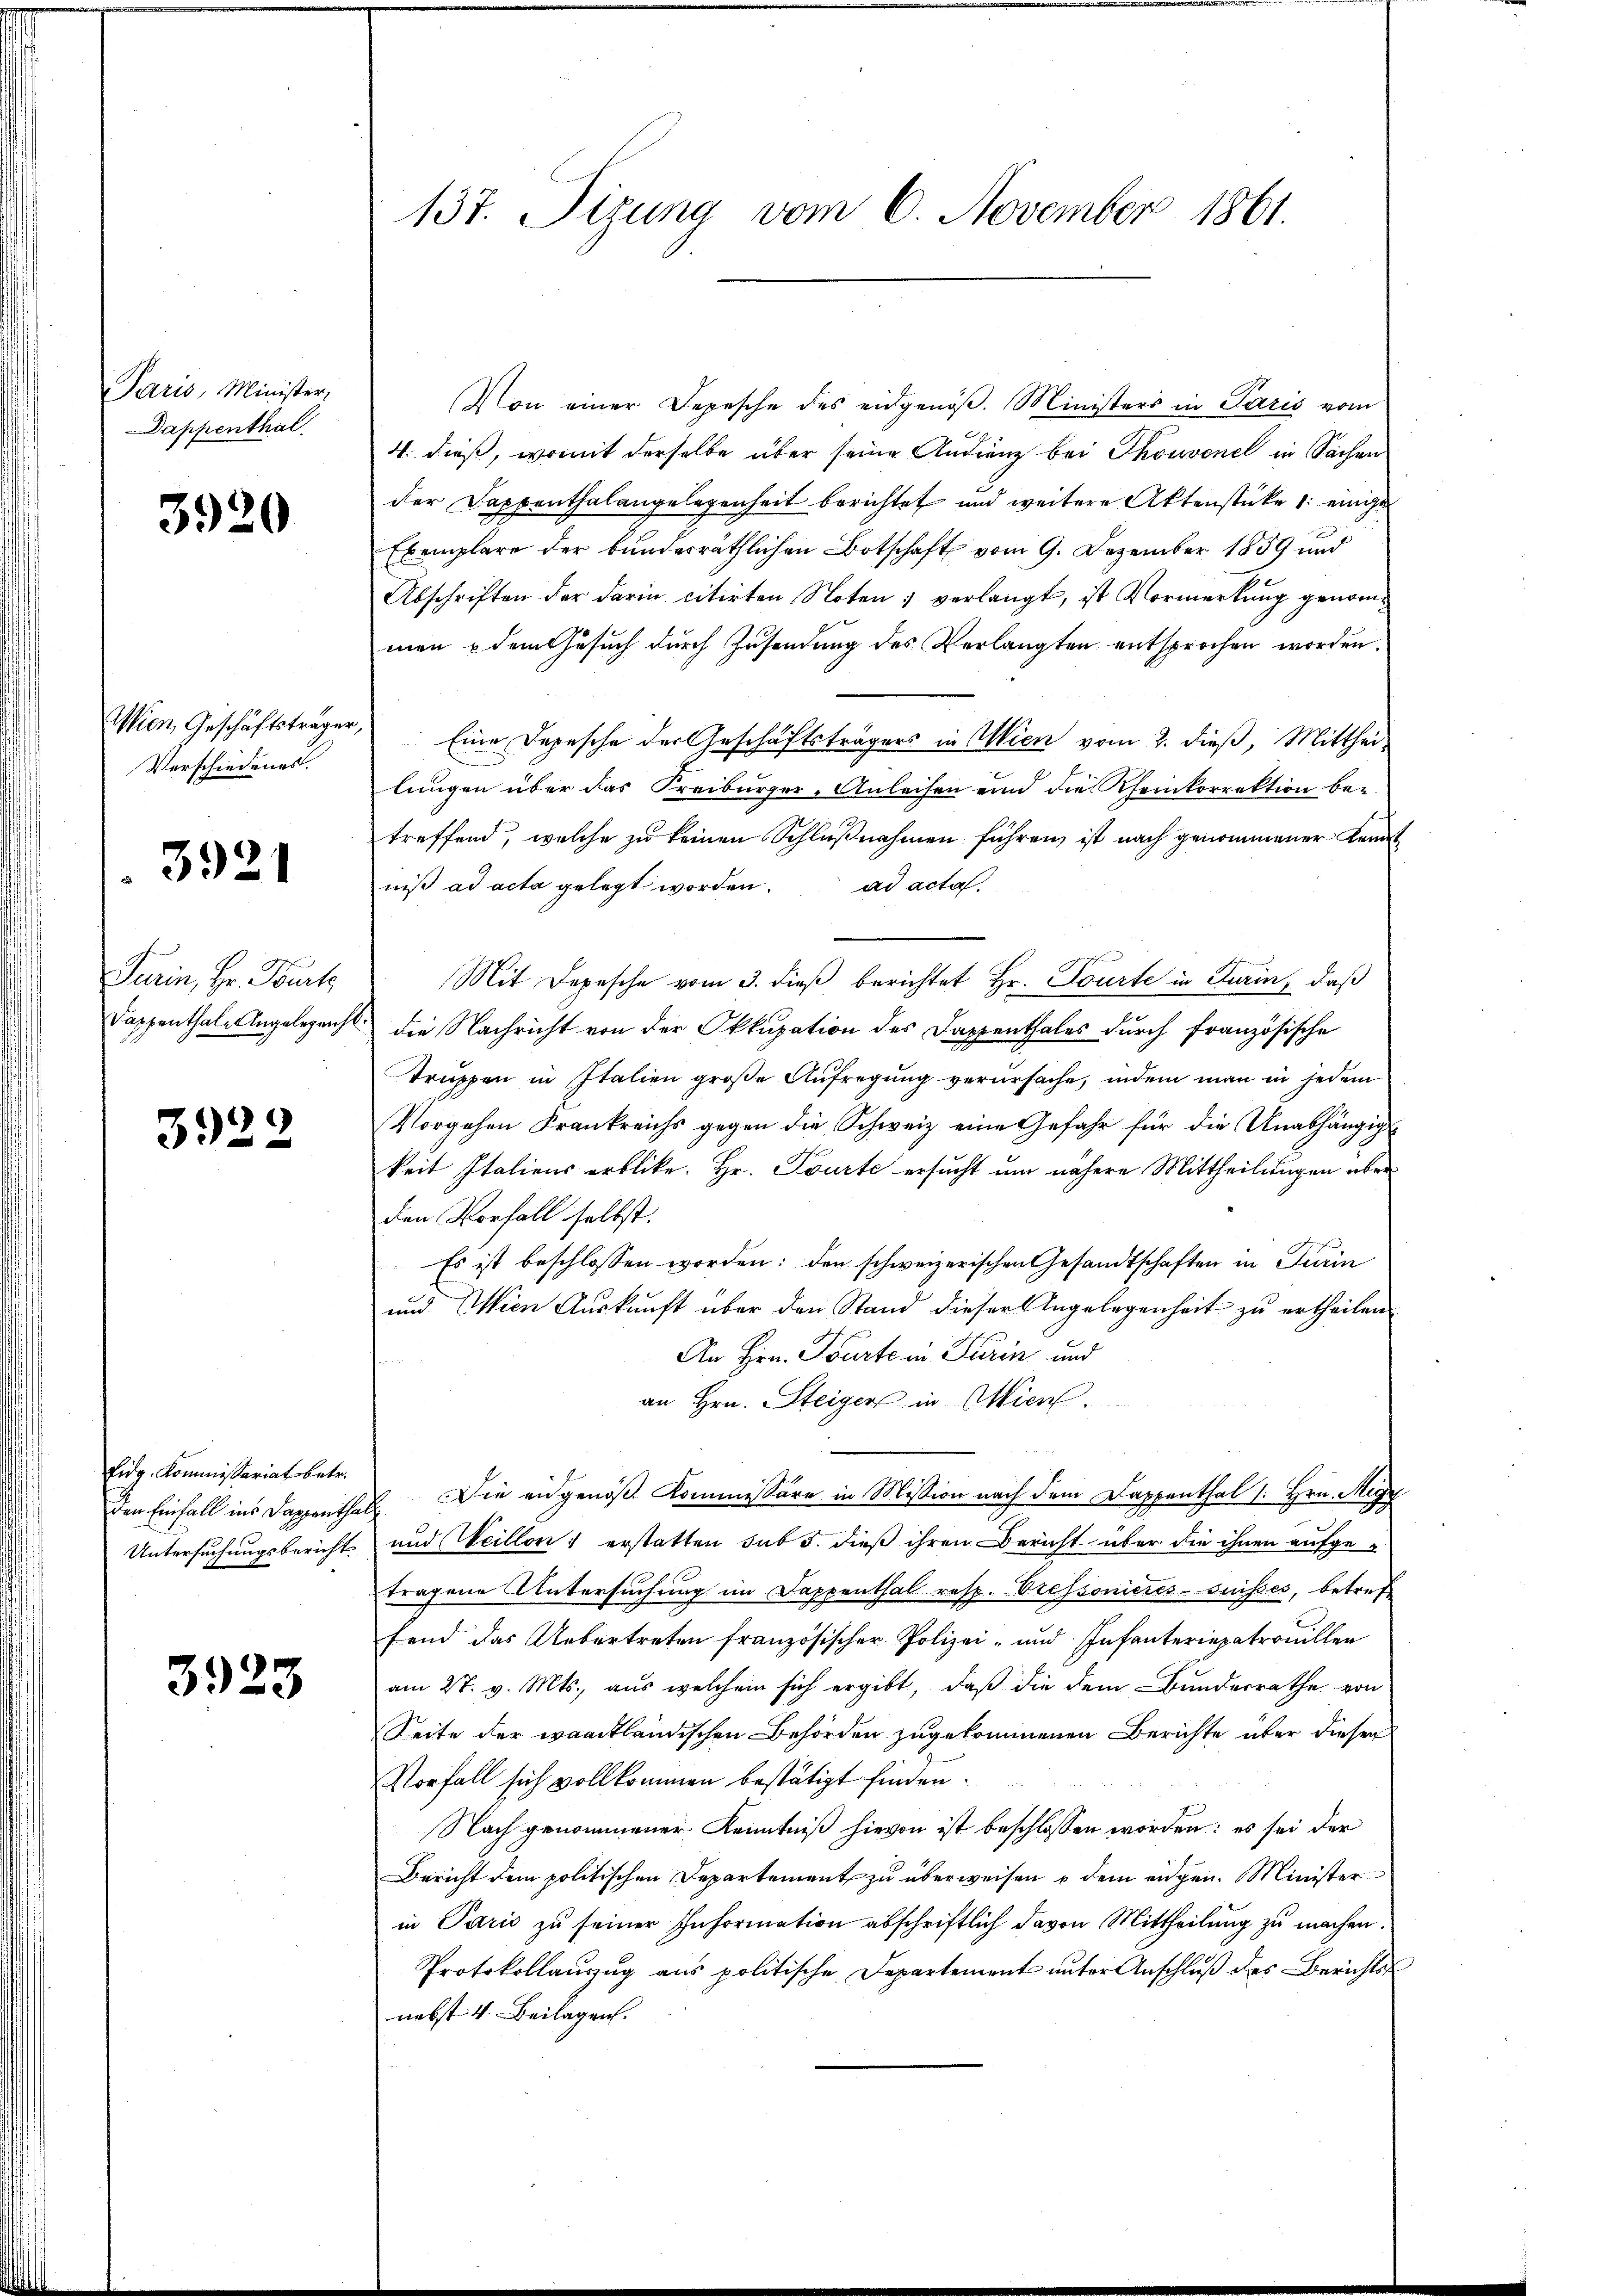
Paris, Minister,
Dappenthal

3920

Wien, Geschäftsträger
Verschiedenes.
Turin, Hr. Putz
Sappenthale Angelegericht

3921

3922

Eidg. Kommissariat betr.
Untersuchungsbericht

3923

137. Sizung vom 6. November 1861.

Von einer Depesche des eidgenöβ. Ministers in Paris vom
4. dieß, womit derselbe über seine Audienz bei Thonvenel in Sachen
der Dappenthalangelegenheit berichtet und weitere Aktenstücke 1. einge¬
Exemplare der bundesräthlichen Botschaft vom 9. Dezember 1859 und
Abschriften der darin citirten Noten ; verlangt, ist Vormerkung genommen & dem Gesuch durch Zusendung des Verlangten entsprochen worden.
 Eine Depesche der Geschäftsträgers in Wien vom 2. dieß, Mittheilungen über das Freiburger-Anleisen und die Rheinkorrektion bez
treffend, welche zu keinen Schlußnahmen führen ist nach genommener Kennt
niß ad acta gelegt worden. ad acta.
Mit Depesche vom 3. dieβ berichtet Hr. Tourte in Turin, daß
die Nachricht von der Okkupation des Dappenthales durch französische
truppen in Italien große Aufregung verursache, indem man in jedem
Vorgehen Frankreichs gegen die Schweiz eine Gefahr für die Unabhängig
keit Italiens erblicke. Hr. Tourte ersucht um nähere Mittheilungen über
den Vorfall selbst.
Es ist beschlossen worden: den schweizerischen Gesandtschaften in Turin
und Wien Auskunft über den Stand dieser Angelegenheit zu ertheilen
An Hrn. Tourte in Turin und
an Hrn. Steiger in Wien.
den Einfall ins Dappenthal. Die eingenöß. Kommissore in Mission nach dem Dappenthal 1. Hrn. Migr
und Veillon erstatten sub 5. dieß ihren Bericht über die ihnen aufgetragene Untersuchung im Dappenthal resp. Vtessonieres-Suisses, betref
fend das Uebertreten französischer Polizei- und Infanteriepatrouillen
am 27. v. Mts., aus welchem sich ergibt, daß die dem Bundesrathe von
Seite der waadtländischen Behörden zugekommenen Berichte über dieser
Vorfall sich vollkommen bestätigt finden.
Nach genommener Kenntniß hievon ist beschlossen worden: es sei der
Bericht dem politischen Departement zu überweisen u dem eidgen. Minister
in Paris zu seiner Information abschriftlich davon Mittheilung zu machen.
Protokollaŭszŭg aŭs politische Departement ŭnter Anschlŭβ des Berichts-
nebst 4 Beilagen.